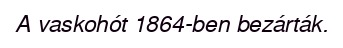
A vaskohót 1864-ben bezárták.